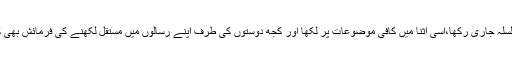
بہرحال ہم نے قلم پکڑنے کے بعد رکھا نہیں چست اور سست رفتار سے سلسلہ جاری رکھا،اسی اثنا میں کافی موضوعات پر لکھا اور کجھ دوستوں کی طرف اپنے رسالوں میں مستقل لکھنے کی فرمائش بھی کی گئی لیکن روایتی سستی اور کاہلی کی بناء پر حکم کی تعمیل نہ کرسکا۔